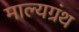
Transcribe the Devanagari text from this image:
माल्यग्रंथ